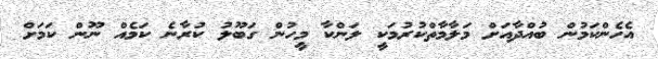
އެހެންކަމުން ބުއްދާއަށް މަލާމާތްކުރުމަކީ ލަންކާ މީހުން ގަބޫލު ކުރާނެ ކަމެއް ނޫން ކަމަށް